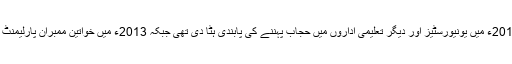
رجب طیب ایردوان کی زیر قیادت آق پارٹی نے 2011ء میں یونیورسٹیز اور دیگر تعلیمی اداروں میں حجاب پہننے کی پابندی ہٹا دی تھی جبکہ 2013ء میں خواتین ممبرانِ پارلیمنٹ کو بھی حجاب کرنے کی اجازت دے دی گئی تھی۔